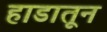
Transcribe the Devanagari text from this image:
हाडातून